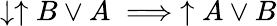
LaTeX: \downarrow\uparrow B\lor A\implies\uparrow A\lor B